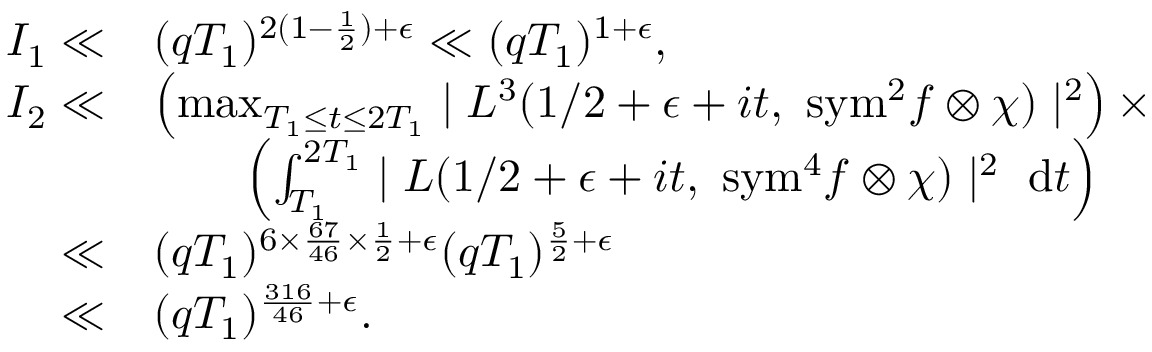
\begin{array} { r l } { I _ { 1 } \ll } & { ( q T _ { 1 } ) ^ { 2 ( 1 - \frac { 1 } { 2 } ) + \epsilon } \ll ( q T _ { 1 } ) ^ { 1 + \epsilon } , } \\ { I _ { 2 } \ll } & { \left( \operatorname* { m a x } _ { T _ { 1 } \leq t \leq 2 T _ { 1 } } \mid L ^ { 3 } ( 1 / 2 + \epsilon + i t , \ \mathrm { { s y m } } ^ { 2 } f \otimes \chi ) \mid ^ { 2 } \right) \times } \\ & { \qquad \left( \int _ { T _ { 1 } } ^ { 2 T _ { 1 } } \mid L ( 1 / 2 + \epsilon + i t , \ { \mathrm { s y m } } ^ { 4 } f \otimes \chi ) \mid ^ { 2 } \ \mathrm { d } t \right) } \\ { \ll } & { ( q T _ { 1 } ) ^ { 6 \times \frac { 6 7 } { 4 6 } \times \frac { 1 } { 2 } + \epsilon } ( q T _ { 1 } ) ^ { \frac { 5 } { 2 } + \epsilon } } \\ { \ll } & { ( q T _ { 1 } ) ^ { \frac { 3 1 6 } { 4 6 } + \epsilon } . } \end{array}